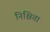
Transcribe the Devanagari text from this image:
निश्चिता